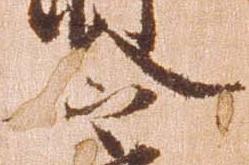
令